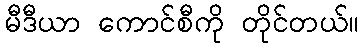
မီဒီယာ ကောင်စီကို တိုင်တယ်။